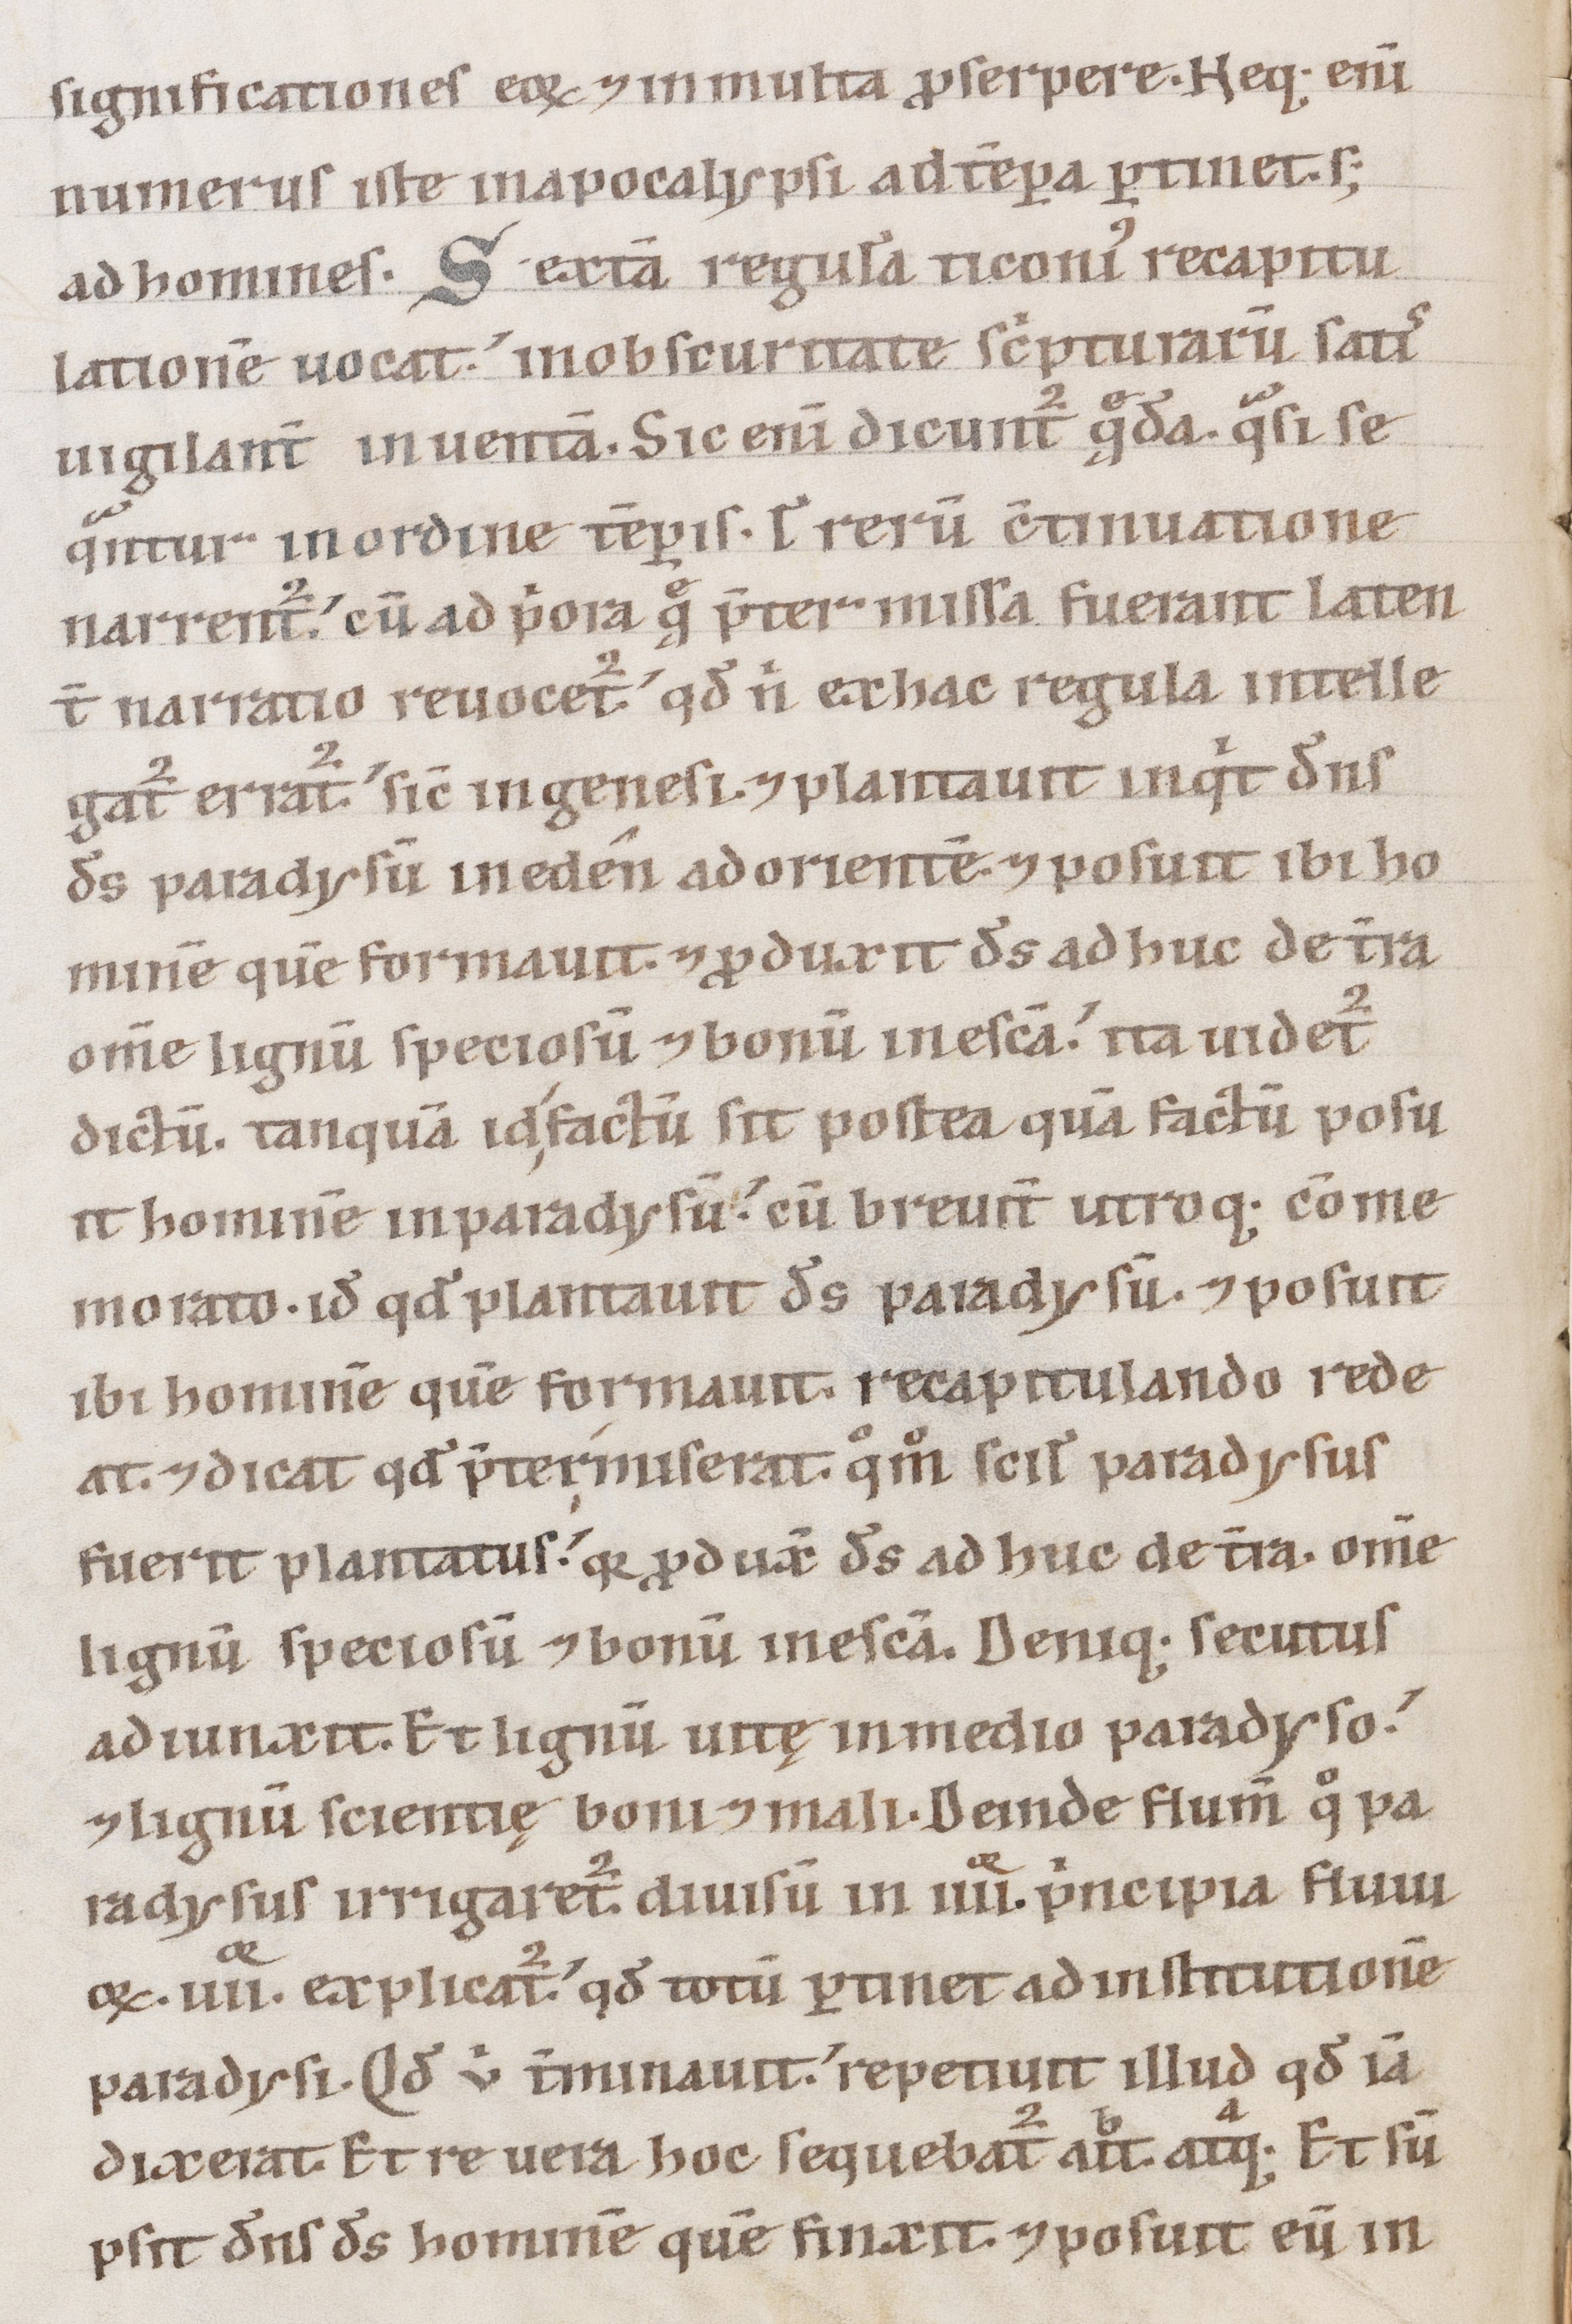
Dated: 1100–1199